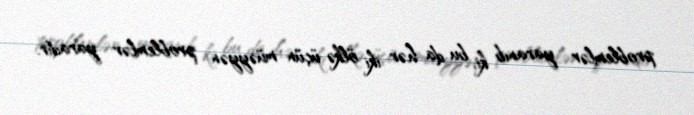
problemlər yaranıb ki, bu da hər iki ölkə üçün müəyyən problemlər yaradır.